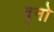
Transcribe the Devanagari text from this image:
बृनो